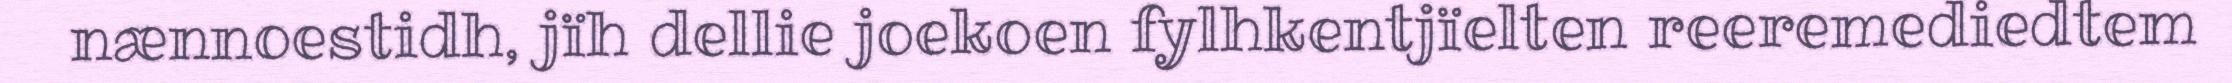
nænnoestidh, jïh dellie joekoen fylhkentjïelten reeremediedtem